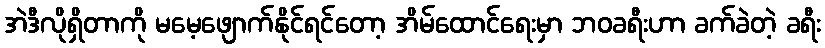
အဲဒီလိုရှိတာကို မမေ့ဖျောက်နိုင်ရင်တော့ အိမ်ထောင်ရေးမှာ ဘဝခရီးဟာ ခက်ခဲတဲ့ ခရီး